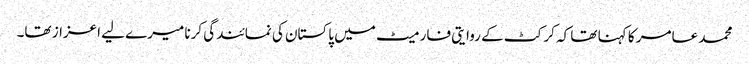
محمد عامر کا کہنا تھا کہ کرکٹ کے روایتی فارمیٹ میں پاکستان کی نمائندگی کرنا میرے لیے اعزاز تھا۔